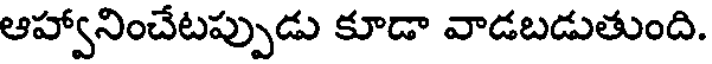
ఆహ్వానించేటప్పుడు కూడా వాడబడుతుంది.